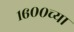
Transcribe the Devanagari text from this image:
१६००च्या